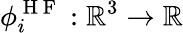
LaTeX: \phi_{i}^{\mathrm{~H~F~}}:\mathbb{R}^{3}\rightarrow\mathbb{R}